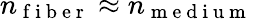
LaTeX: n_{\mathrm{~f~i~b~e~r~}}\approx n_{\mathrm{~m~e~d~i~u~m~}}